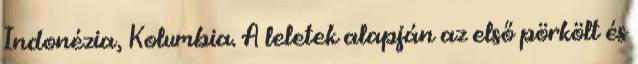
Indonézia, Kolumbia. A leletek alapján az első pörkölt és